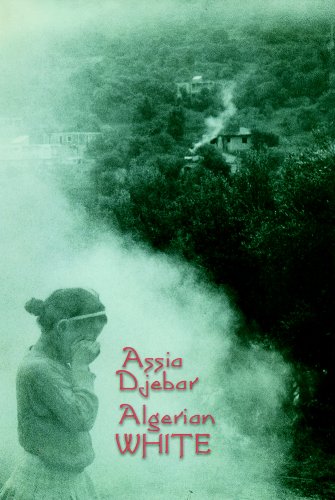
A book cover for Algerian White; Assia Djebar; History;